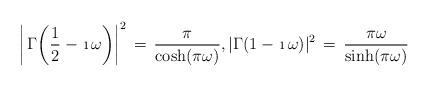
LaTeX: \begin{align*} \bigg|\,\Gamma\bigg(\frac12-\,\i\,\omega\bigg)\bigg|^2\,=\,\frac{\pi}{\cosh(\pi\omega)},|\Gamma(1-\,\i\,\omega)|^2\,=\,\frac{\pi\omega}{\sinh(\pi\omega)}\end{align*}